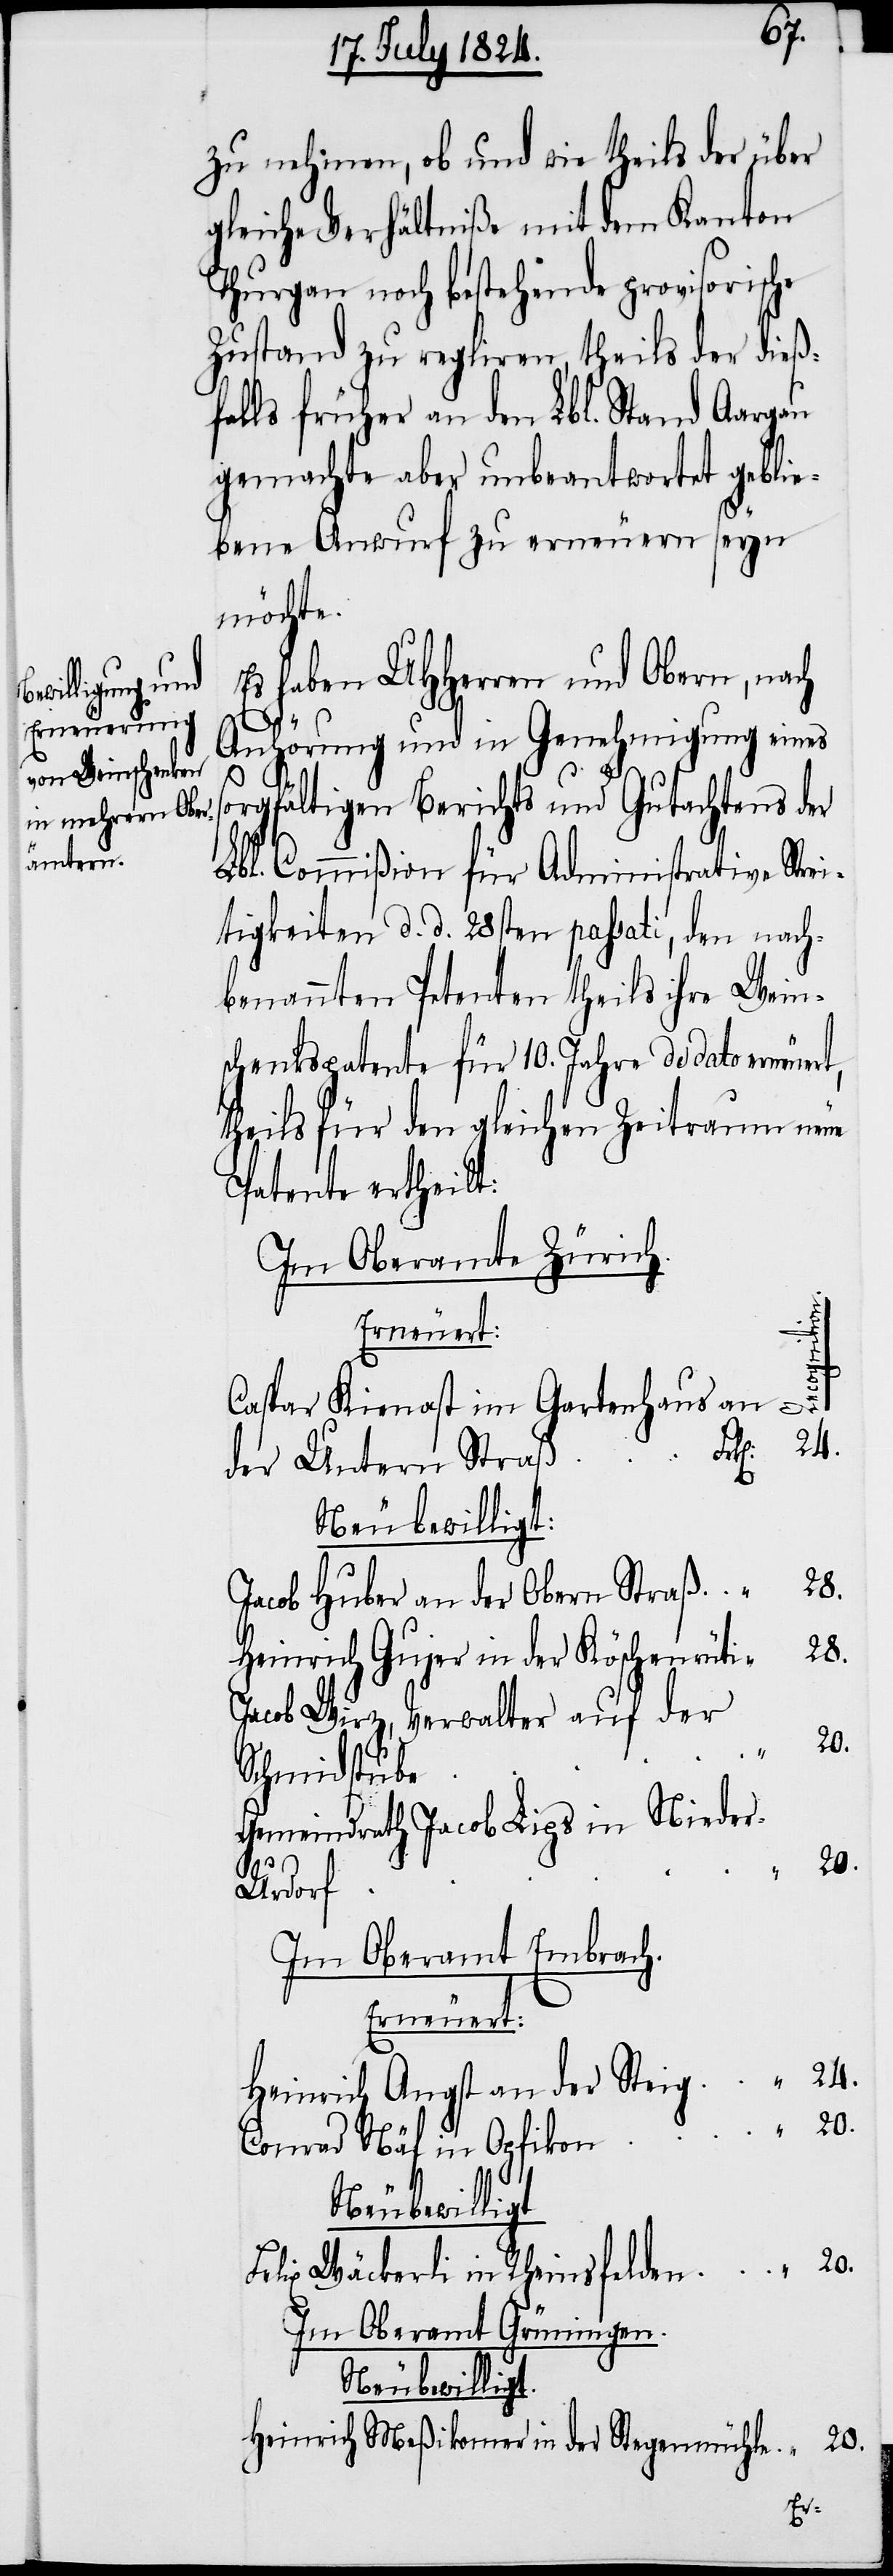
zu nehmen, ob und wie theils der über
gleiche Verhältniße mit dem Kanton
Thurgau noch bestehende provisorische
Zustand zu regliren, theils der dieß¬
falls früher an den Lbl. Stand Aargau
gemachte aber unbeantwortet geblie¬
bene Anwurf zu erneuern seyn
möchte.
Es haben UHHerren und Obern, nach
“
20.
Anhörung und in Genehmigung eines
orgfältigen Berichts und Gutachtens der
Lbl. Commißion für Administrative Stre¬
itigkeiten d. d. 28sten passati, den nach¬
benannten Petenten theils ihre Wein¬
schenkspatente für 10. Jahre de dato erneuer¬
theils für den gleichen Zeitraum neue
Patente ertheilt:
Im Oberamte Zürich.
Erneuert:
Caspar Kienast im Gartenhaus an
der Untern Straß
Neu bewilligt.
Jacob Huber an der Obern Straß
Heinrich Gujer in der Köschenreuti
Jacob Wirz, Verwalter auf der
Schmidstube
Gemeindrath Jacob Lips in Niede¬
t,
r-Urdorf
Im Oberamt Embrach.
Erneuert:
Heinrich Angst an der Steig.
Conrad Näf in Opfikon.
Felix Wäckerli in Rheinsfelden
Im Oberamt Grüningen.
Heinrich Meßikomer in der Stegenmühle